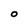
Character: O